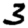
Digit: 3